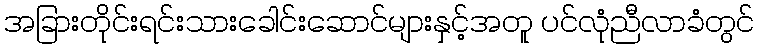
အခြားတိုင်းရင်းသားခေါင်းဆောင်များနှင့်အတူ ပင်လုံညီလာခံတွင်